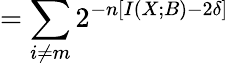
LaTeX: =\sum_{i\neq m}2^{-n\left[I\left(X;B\right)-2\delta\right]}